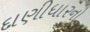
દાણીધારનો